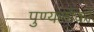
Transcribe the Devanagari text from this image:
पुण्यलोकों